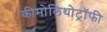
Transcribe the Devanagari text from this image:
कीमोलिथोट्रॉफी